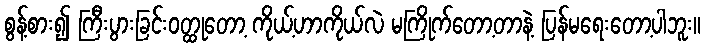
စွန့်စား၍ ကြီးပွားခြင်းဝတ္ထုတော့ ကိုယ့်ဟာကိုယ်လဲ မကြိုက်တော့တာနဲ့ ပြန်မရေးတော့ပါဘူး။